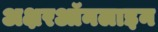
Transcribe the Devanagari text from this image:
अक्षरऑनलाइन